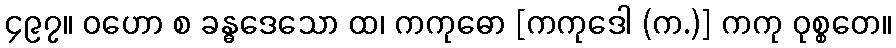
၄၉၇။ ဝဟော စ ခန္ဓဒေသော ထ၊ ကကုဓော [ကကုဒေါ (က.)] ကကု ဝုစ္စတေ။